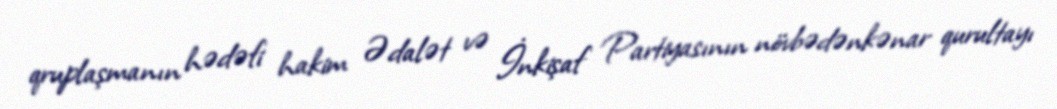
qruplaşmanın hədəfi hakim Ədalət və İnkişaf Partiyasının növbədənkənar qurultayı